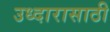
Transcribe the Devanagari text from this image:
उध्दारासाठी